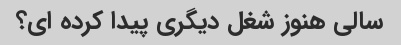
سالی هنوز شغل دیگری پیدا کرده ای؟